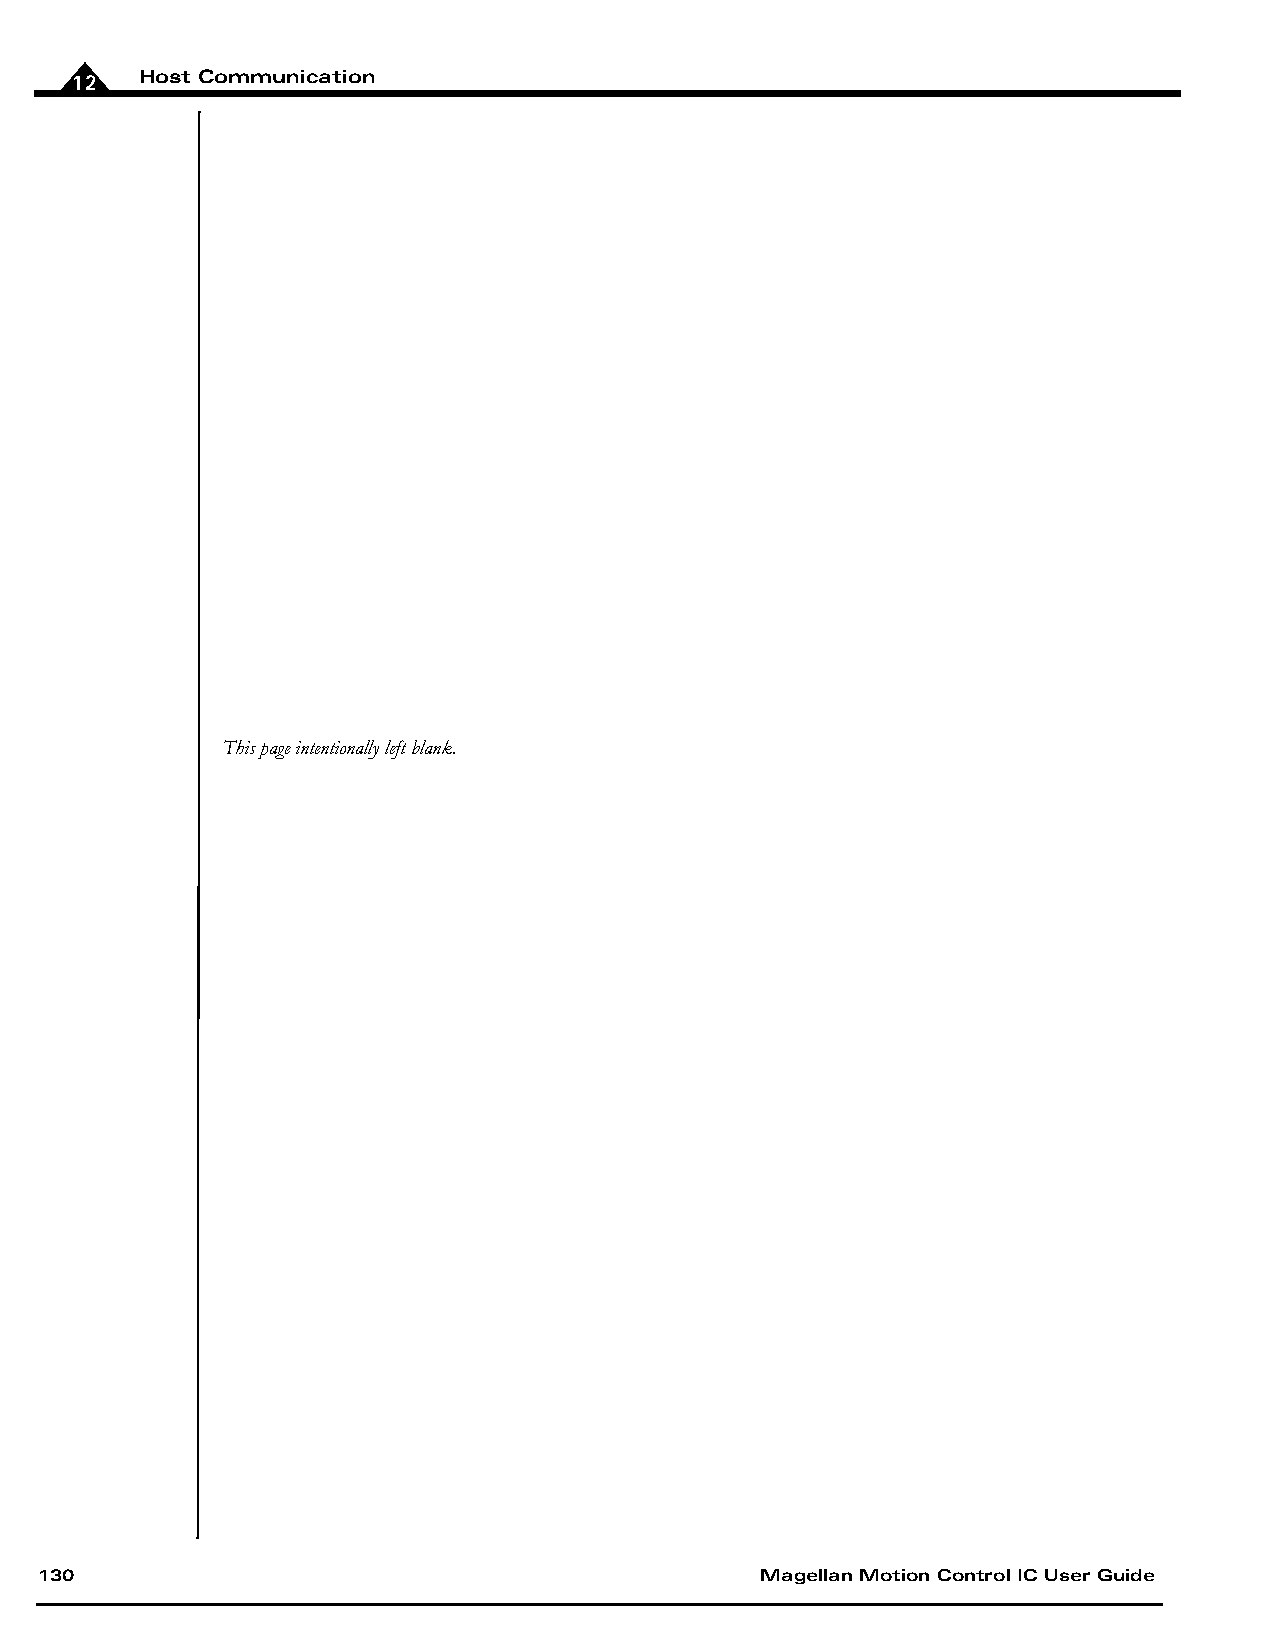
12  Host Communication
 This page intentionally left blank.
 130                                             Magellan Motion Control IC User Guide